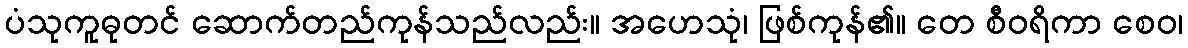
ပံသုကူဓုတင် ဆောက်တည်ကုန်သည်လည်း။ အဟေသုံ၊ ဖြစ်ကုန်၏။ တေ စီဝရိကာ စေဝ၊